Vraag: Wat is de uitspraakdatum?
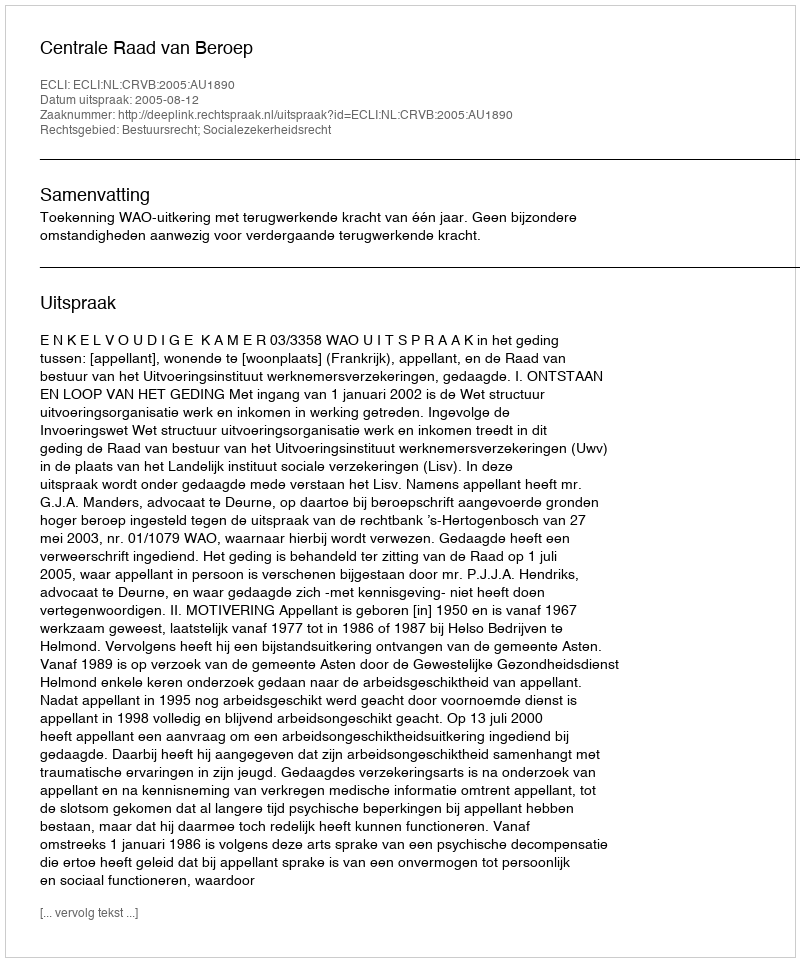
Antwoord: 2005-08-12